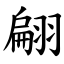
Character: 翩